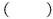
()